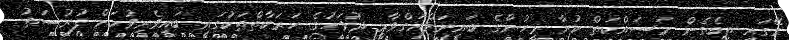
ގޭގައި ތިބެގެން މަސައްކަތް ކުރާ މީހުންގެ ބައިނަލްއަގްވާމީ ދުވަހުގެ ހަރަކާތްތަކުގައި ބައިވެރިވުމަށް ފުރުސަތު